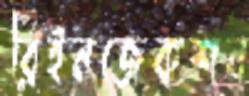
রিইনজেকশন